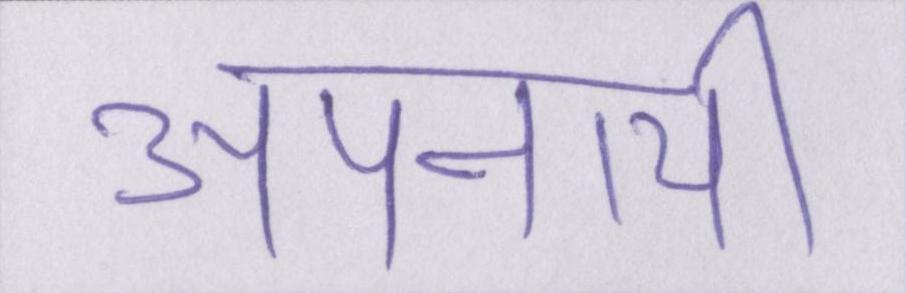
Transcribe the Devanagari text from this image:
अपनायी